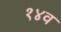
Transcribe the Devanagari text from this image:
१४व